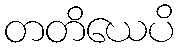
တတိယေပိ